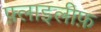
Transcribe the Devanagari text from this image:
फ़्लाइलीफ़